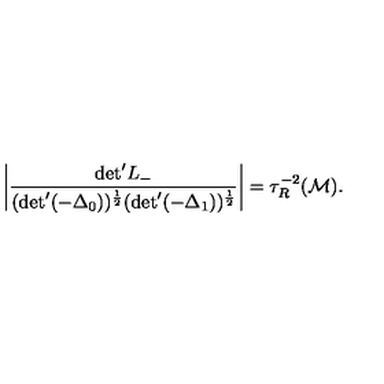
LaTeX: \left| \frac { \mathrm { d e t } ^ { \prime } L _ { - } } { ( \mathrm { d e t } ^ { \prime } ( - { \Delta } _ { 0 } ) ) ^ { \frac { 1 } { 2 } } ( \mathrm { d e t } ^ { \prime } ( - { \Delta } _ { 1 } ) ) ^ { \frac { 1 } { 2 } } } \right| = { \tau } _ { R } ^ { - 2 } ( { \cal M } ) .